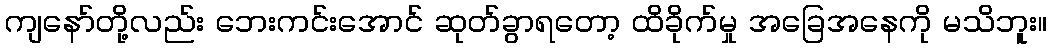
ကျနော်တို့လည်း ဘေးကင်းအောင် ဆုတ်ခွာရတော့ ထိခိုက်မှု အခြေအနေကို မသိဘူး။